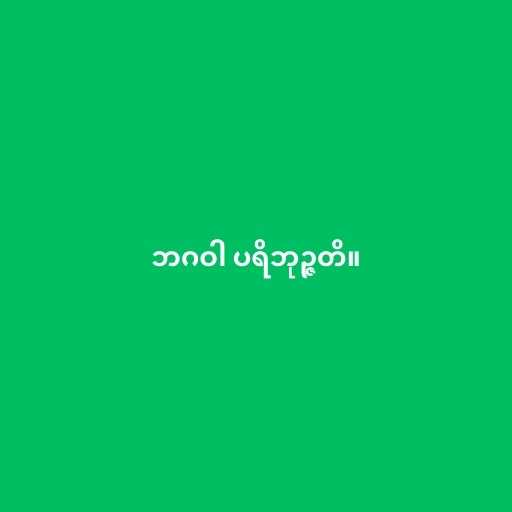
ဘဂဝါ ပရိဘုဉ္ဇတိ။